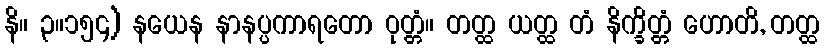
နိ။ ၃။၁၅၄) နယေန နာနပ္ပကာရတော ဝုတ္တံ။ တတ္ထ ယတ္ထ တံ နိက္ခိတ္တံ ဟောတိ, တတ္ထ